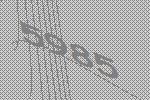
5985